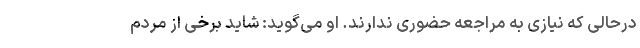
درحالی که نیازی به مراجعه حضوری ندارند. او می‌گوید: شاید برخی از مردم